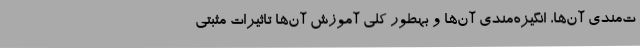
ت‌مندی آن‌ها، انگیزه‌مندی آن‌ها و بهطور کلی آموزش آن‌ها تاثیرات مثبتی